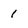
Character: 1